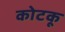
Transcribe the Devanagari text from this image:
कोटकू